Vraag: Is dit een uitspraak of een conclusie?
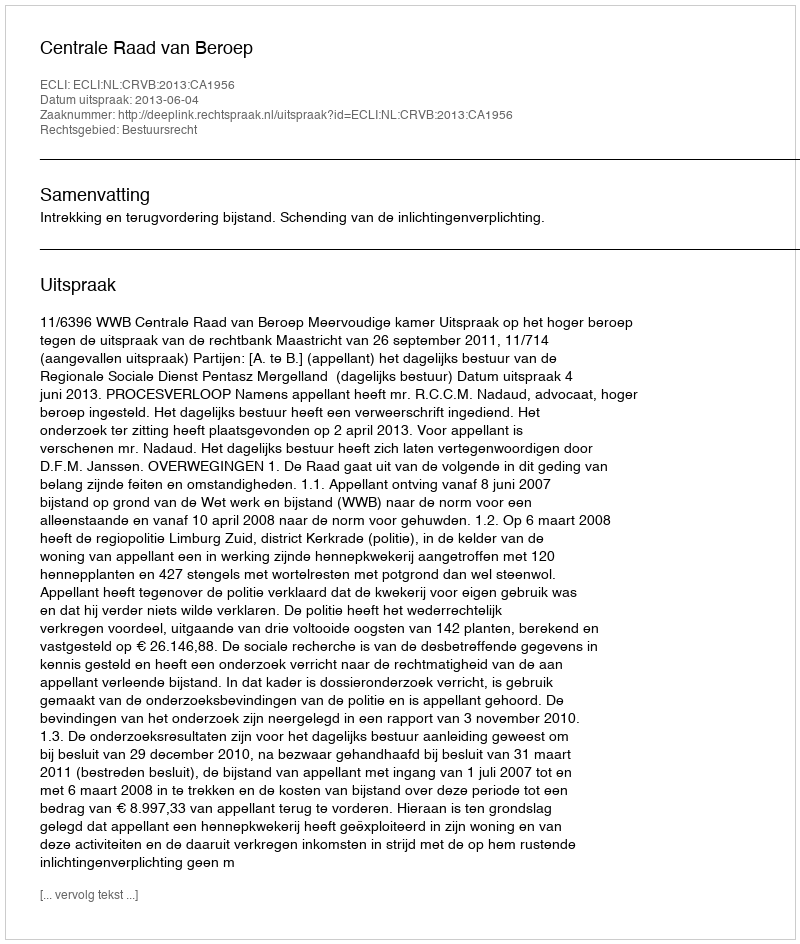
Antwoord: Uitspraak